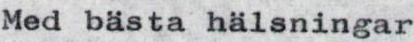
Med bästa hälsningar